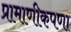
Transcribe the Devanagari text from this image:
प्रामाणीकपणा